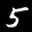
Label: 5